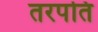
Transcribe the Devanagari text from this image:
तरपति